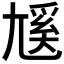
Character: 𡰄